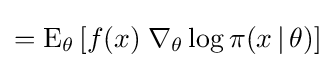
=\operatorname {E} _{\theta }\left[f(x)\;\nabla _{\theta }\log \pi (x\,|\,\theta )\right]